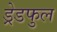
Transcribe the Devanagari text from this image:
ड्रेडफुल